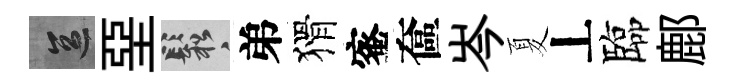
區堊鬆弟猾蜜奩岑夏丄臨鄜